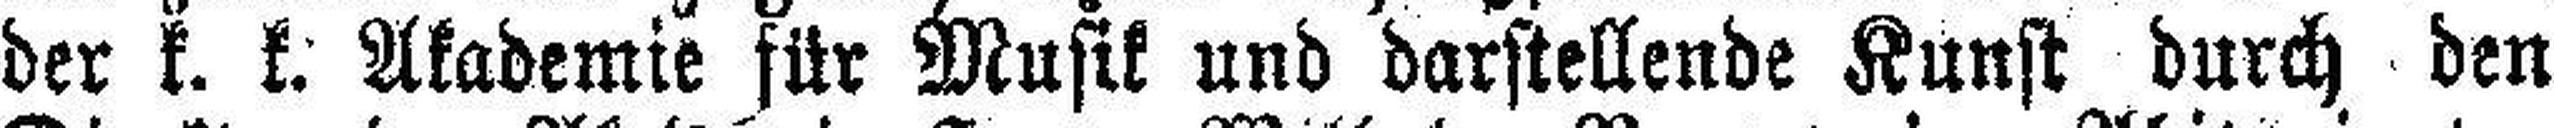
der k. k. Akademie für Musik und darstellende Kunst durch den